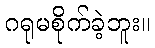
ဂရုမစိုက်ခဲ့ဘူး။